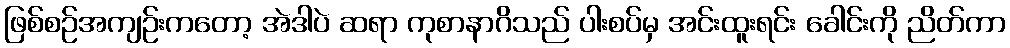
ဖြစ်စဉ်အကျဉ်းကတော့ အဲဒါပဲ ဆရာ ကုစာနာဂိသည် ပါးစပ်မှ အင်းထူးရင်း ခေါင်းကို ညိတ်ကာ